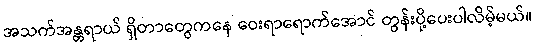
အသက်အန္တရာယ် ရှိတာတွေကနေ ဝေးရာရောက်အောင် တွန်းပို့ပေးပါလိမ့်မယ်။